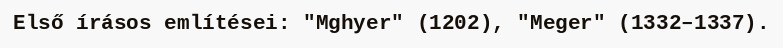
Első írásos említései: "Mghyer" (1202), "Meger" (1332–1337).